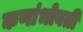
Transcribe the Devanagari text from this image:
कणांभोवती